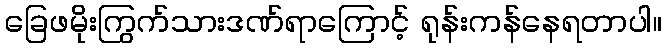
ခြေဖမိုးကြွက်သားဒဏ်ရာကြောင့် ရုန်းကန်နေရတာပါ။